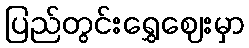
ပြည်တွင်းရွှေဈေးမှာ